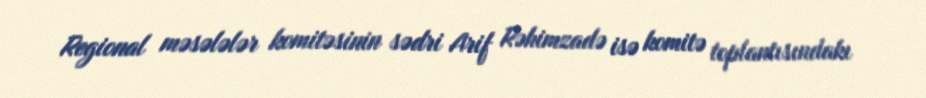
Regional məsələlər komitəsinin sədri Arif Rəhimzadə isə komitə toplantısındakı